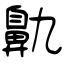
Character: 鼽